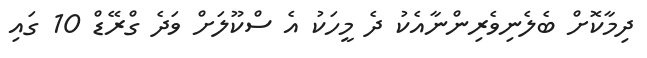
ދިމާކޮށް ބެލެނިވެރިންނާއެކު ދެ މީހަކު އެ ސްކޫލަށް ވަދެ ގްރޭޑް 10 ގައި